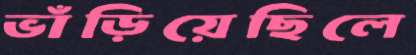
ভাঁড়িয়েছিলে